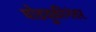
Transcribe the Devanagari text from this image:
घोडचुकीनंतर